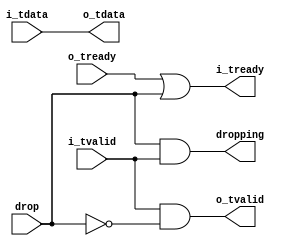
//
// Copyright 2013 Ettus Research LLC
//


module pcie_lossy_samp_gate
(
   input [63:0]   i_tdata,
   input          i_tvalid,
   output         i_tready,
   
   output [63:0]  o_tdata,
   output         o_tvalid,
   input          o_tready,
   
   input          drop,
   output         dropping
);

   assign o_tdata    = i_tdata;
   assign o_tvalid   = i_tvalid & ~drop;
   assign i_tready   = o_tready | drop;
   
   assign dropping   = drop & i_tvalid;
   
endmodule // pcie_lossy_samp_gate